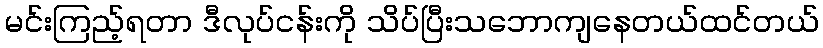
မင်းကြည့်ရတာ ဒီလုပ်ငန်းကို သိပ်ပြီးသဘောကျနေတယ်ထင်တယ်